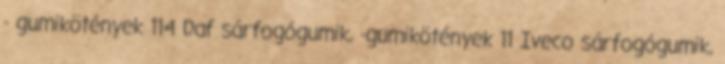
- gumikötények 114 Daf sárfogógumik, -gumikötények 11 Iveco sárfogógumik,